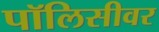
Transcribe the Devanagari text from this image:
पॉलिसीवर